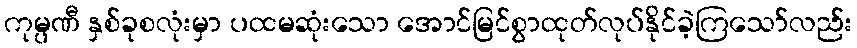
ကုမ္ပဏီ နှစ်ခုစလုံးမှာ ပထမဆုံးသော အောင်မြင်စွာထုတ်လုပ်နိုင်ခဲ့ကြသော်လည်း